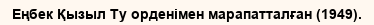
Еңбек Қызыл Ту орденімен марапатталған (1949).